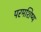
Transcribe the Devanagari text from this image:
परमशिष्य